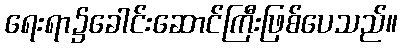
ရေးရာ၌ခေါင်းဆောင်ကြီးဖြစ်ပေသည်။